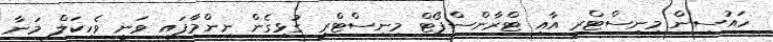
ހައުސިން މިނިސްޓްރީ އާއި ޓްރާންސްޕޯޓް މިނިސްޓްރީ ގުޅިގެން ނިންމާފައި ވަނީ ވެހިކަލް މަނާ